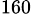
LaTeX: _{160}